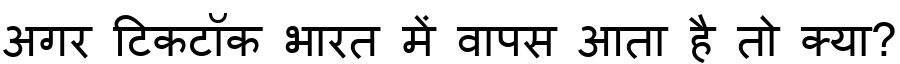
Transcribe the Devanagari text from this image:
अगर टिकटॉक भारत में वापस आता है तो क्या?